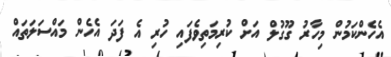
އެހެންކަމުން މިހާރު ގޫގުލް އަށް ކުރިމަތިވެފައި ހުރި އެ ފަދަ އެހެން މައްސަލަތައް